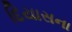
દિયાસના